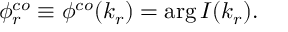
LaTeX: \phi _ { r } ^ { c o } \equiv \phi ^ { c o } ( k _ { r } ) = \arg I ( k _ { r } ) .